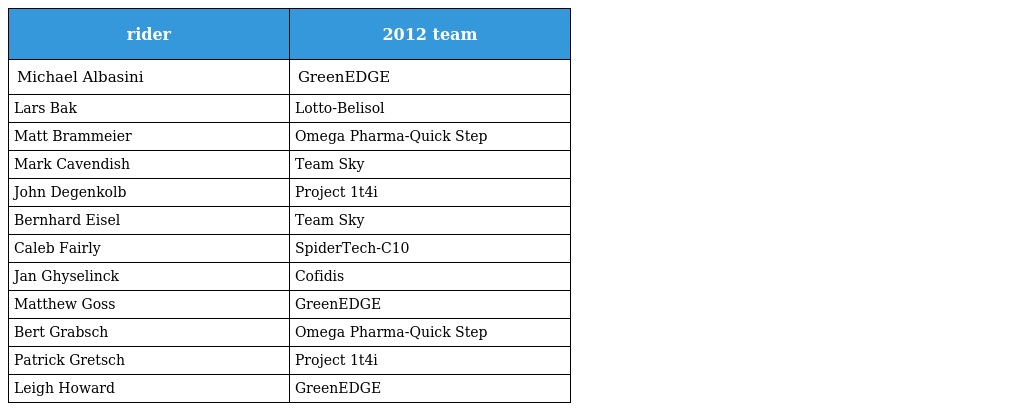
| rider | 2012 team |
 | --- | --- |
 | Michael Albasini | GreenEDGE |
 | Lars Bak | Lotto-Belisol |
 | Matt Brammeier | Omega Pharma-Quick Step |
 | Mark Cavendish | Team Sky |
 | John Degenkolb | Project 1t4i |
 | Bernhard Eisel | Team Sky |
 | Caleb Fairly | SpiderTech-C10 |
 | Jan Ghyselinck | Cofidis |
 | Matthew Goss | GreenEDGE |
 | Bert Grabsch | Omega Pharma-Quick Step |
 | Patrick Gretsch | Project 1t4i |
 | Leigh Howard | GreenEDGE |